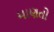
માણતો